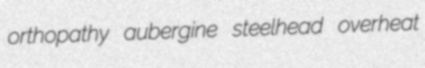
orthopathy aubergine steelhead overheat